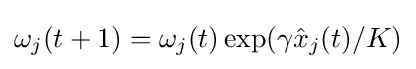
\omega _{j}(t+1)=\omega _{j}(t)\exp(\gamma {\hat {x}}_{j}(t)/K)